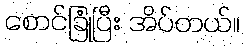
စောင်ခြုံပြီး အိပ်တယ်။